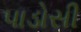
પાડોસી